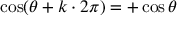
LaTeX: \cos ( \theta + k \cdot 2 \pi ) = + \cos \theta